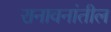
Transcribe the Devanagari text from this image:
रानावनांतील